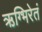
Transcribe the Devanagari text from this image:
ऋग्भिरेतं